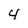
Character: 4